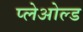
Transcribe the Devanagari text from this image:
प्लेओल्ड